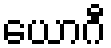
ယောဂီ